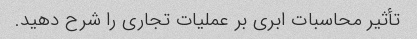
تأثیر محاسبات ابری بر عملیات تجاری را شرح دهید.